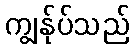
ကျွန်ုပ်သည်